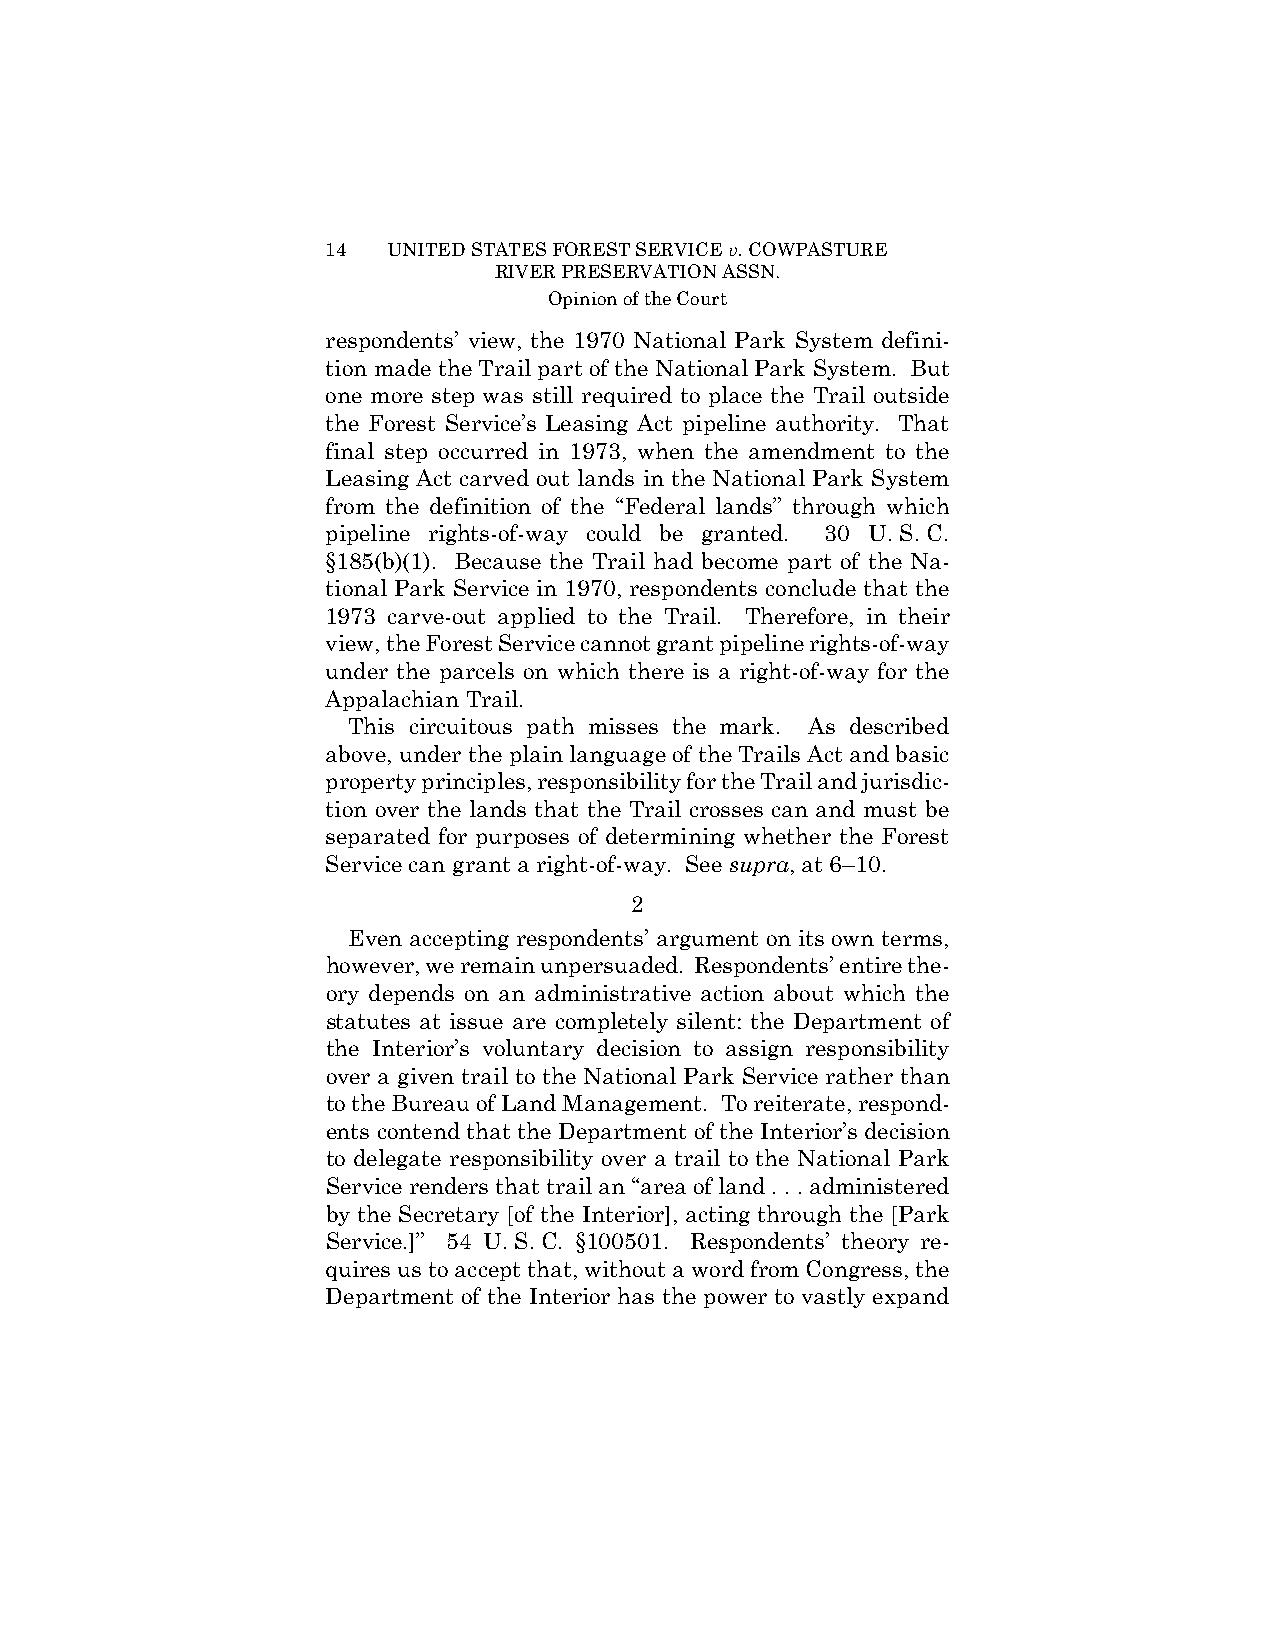
14  UNITED STATES FOREST SERVICE v. COWPASTURE
 RIVER PRESERVATION ASSN.
 Opinion of the Court
 respondents’ view, the 1970 National Park System defini-
 tion made the Trail part of the National Park System. But
 one more step was still required to place the Trail outside
 the Forest Service’s Leasing Act pipeline authority. That
 final step occurred in 1973, when the amendment to the
 Leasing Act carved out lands in the National Park System
 from the definition of the “Federal lands” through which
 pipeline rights-of-way could be granted. 30 U. S. C.
 §185(b)(1). Because the Trail had become part of the Na-
 tional Park Service in 1970, respondents conclude that the
 1973 carve-out applied to the Trail. Therefore, in their
 view, the Forest Service cannot grant pipeline rights-of-way
 under the parcels on which there is a right-of-way for the
 Appalachian Trail.
 This circuitous path misses the mark. As described
 above, under the plain language of the Trails Act and basic
 property principles, responsibility for the Trail and jurisdic-
 tion over the lands that the Trail crosses can and must be
 separated for purposes of determining whether the Forest
 Service can grant a right-of-way. See supra, at 6–10.
 2
 Even accepting respondents’ argument on its own terms,
 however, we remain unpersuaded. Respondents’ entire the-
 ory depends on an administrative action about which the
 statutes at issue are completely silent: the Department of
 the Interior’s voluntary decision to assign responsibility
 over a given trail to the National Park Service rather than
 to the Bureau of Land Management. To reiterate, respond-
 ents contend that the Department of the Interior’s decision
 to delegate responsibility over a trail to the National Park
 Service renders that trail an “area of land . . . administered
 by the Secretary [of the Interior], acting through the [Park
 Service.]” 54 U. S. C. §100501. Respondents’ theory re-
 quires us to accept that, without a word from Congress, the
 Department of the Interior has the power to vastly expand